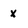
Character: x